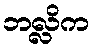
ဘလ္လိက